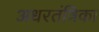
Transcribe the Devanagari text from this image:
अधरतंत्रिका